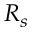
R _ { s }